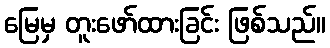
မြေမှ တူးဖော်ထားခြင်း ဖြစ်သည်။